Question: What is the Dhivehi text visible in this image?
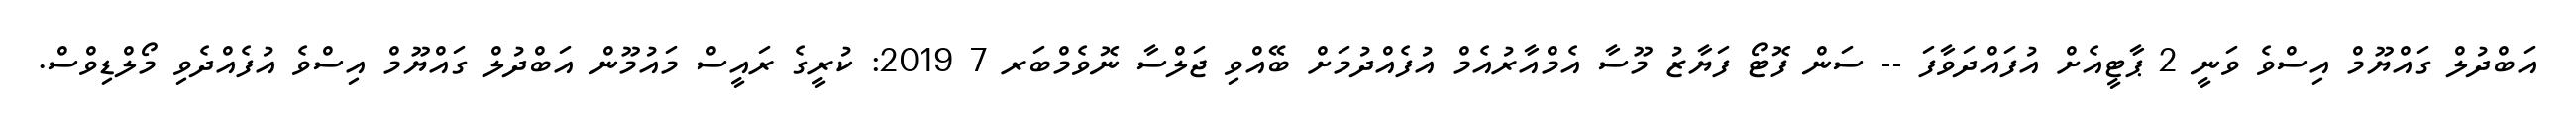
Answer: އަބްދުލް ގައްޔޫމް އިސްވެ ވަނީ 2 ޕާޓީއެށް އުފައްދަވާފަ -- ސަން ފޮޓޯ ފަޔާޒު މޫސާ އެމްއާރުއެމް އުފެއްދުމަށް ބޭއްވި ޖަލްސާ ނޮވެމްބަރ 7 2019: ކުރީގެ ރައީސް މައުމޫން އަބްދުލް ގައްޔޫމް އިސްވެ އުފެއްދެވި މޯލްޑިވްސް.